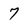
Character: 7